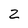
Character: 2